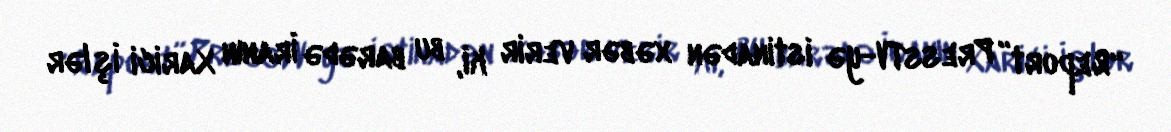
“Report” PressTV-yə istinadən xəbər verir ki, bu barədə İranın Xarici İşlər